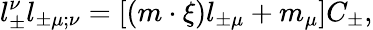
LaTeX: l_{\pm}^{\nu}l_{\pm\mu;\nu}=[(m\cdot\xi)l_{\pm\mu}+m_{\mu}]C_{\pm},